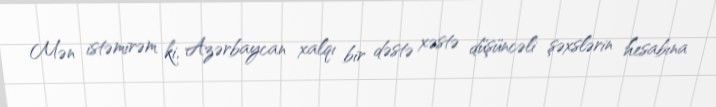
Mən istəmirəm ki, Azərbaycan xalqı bir dəstə xəstə düşüncəli şəxslərin hesabına